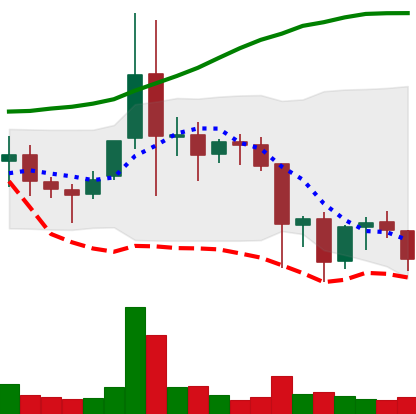
Ticker: ETC-USD
Chart end date: 2021-11-22
Forward return: -3.618%
Label: down_3_5